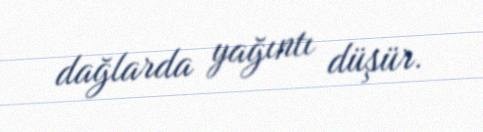
dağlarda yağıntı düşür.